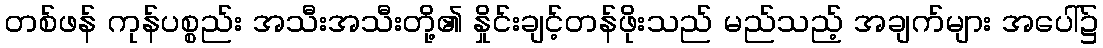
တစ်ဖန် ကုန်ပစ္စည်း အသီးအသီးတို့၏ နှိုင်းချင့်တန်ဖိုးသည် မည်သည့် အချက်များ အပေါ်၌